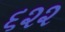
૬૨૨